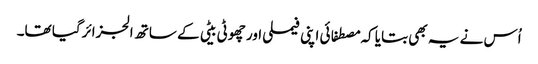
اُس نے یہ بھی بتایا کہ مصطفائی اپنی فیملی اور چھوٹی بیٹی کے ساتھ الجزائرگیا تھا۔